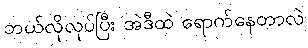
ဘယ်လိုလုပ်ပြီး အဲဒီထဲ ရောက်နေတာလဲ